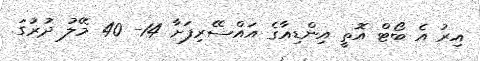
އިރު އެ ބޯޓް އޮތީ އިންޑިއާގެ އައްސޭރިފަށާ 14- 40 މޭލު ދުރުގަ